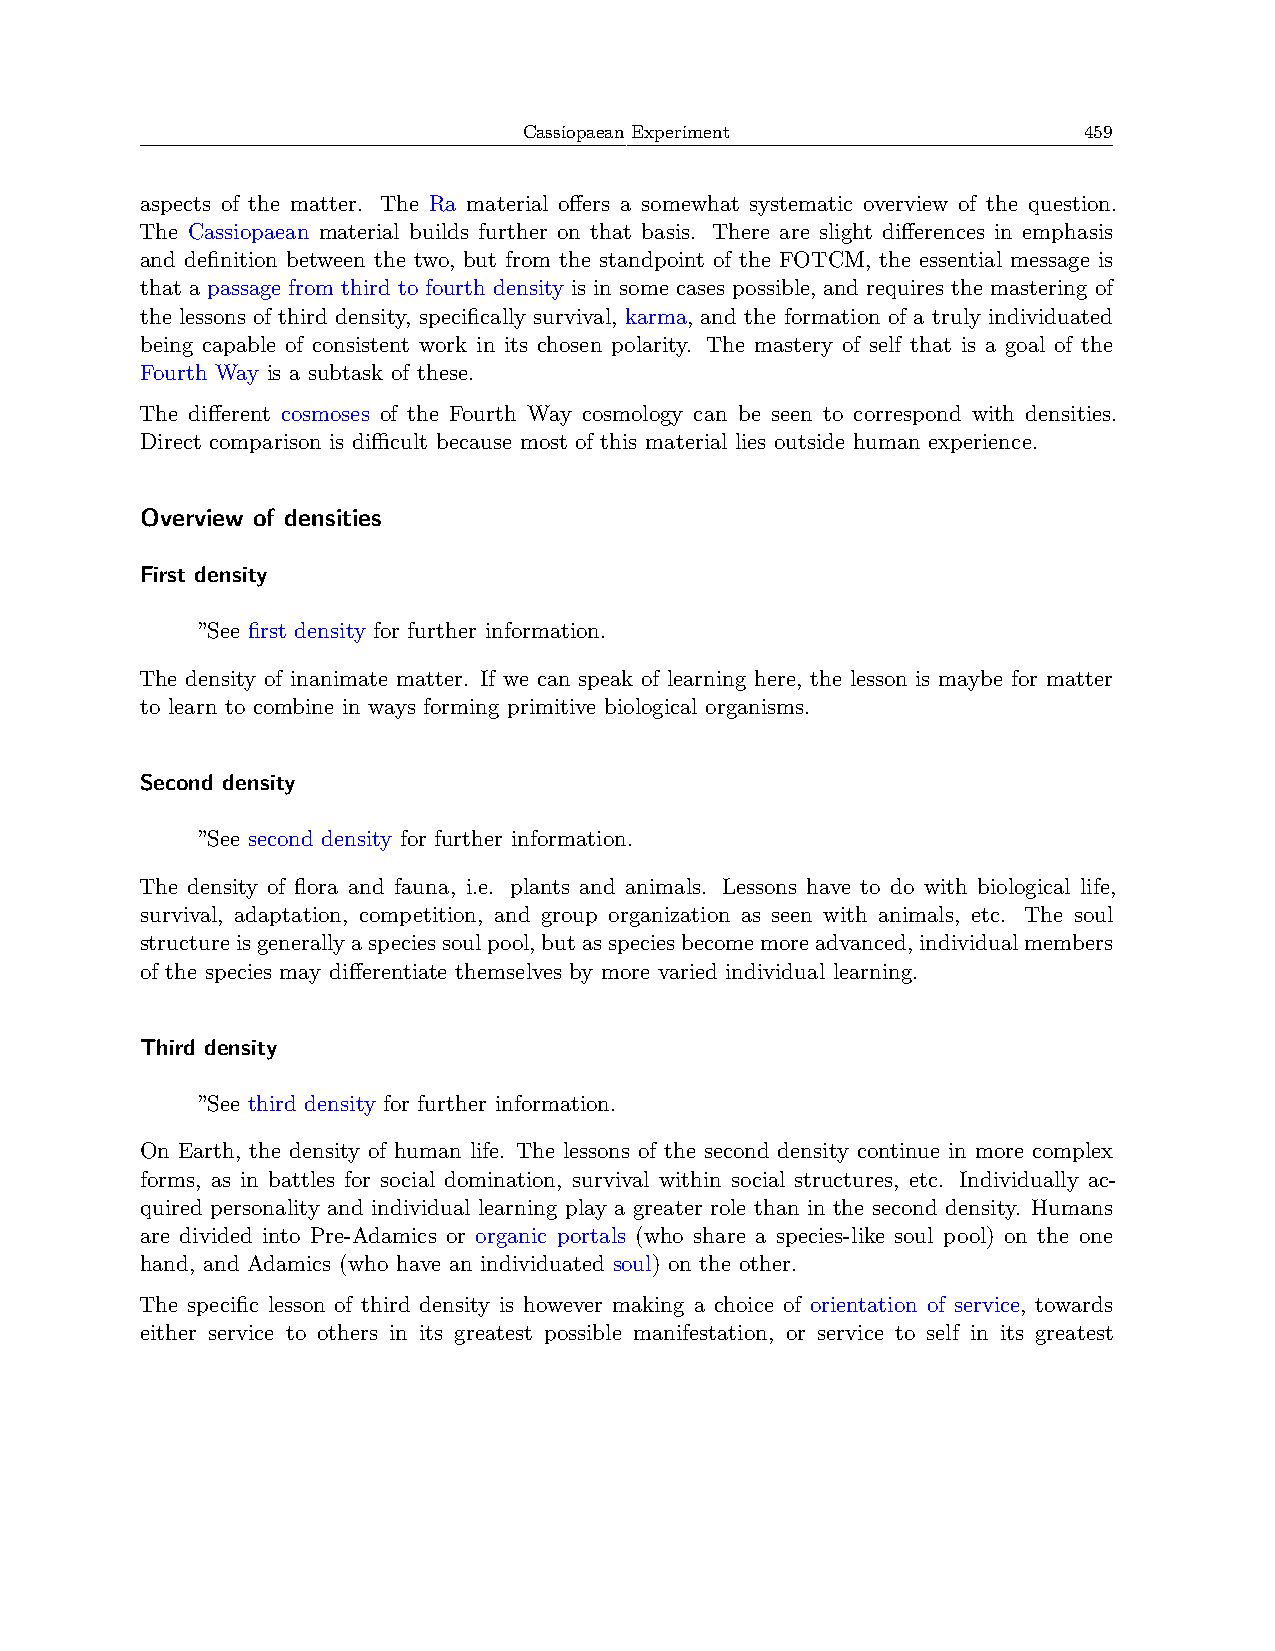
Cassiopaean Experiment               459
 aspects of the matter. The Ra material offers a somewhat systematic overview of the question.
 The Cassiopaean material builds further on that basis. There are slight differences in emphasis
 and definition between the two, but from the standpoint of the FOTCM, the essential message is
 that a passage from third to fourth density is in some cases possible, and requires the mastering of
 the lessons of third density, specifically survival, karma, and the formation of a truly individuated
 being capable of consistent work in its chosen polarity. The mastery of self that is a goal of the
 Fourth Way is a subtask of these.
 The different cosmoses of the Fourth Way cosmology can be seen to correspond with densities.
 Direct comparison is diﬀicult because most of this material lies outside human experience.
 Overview of densities
 First density
 ”See first density for further information.
 The density of inanimate matter. If we can speak of learning here, the lesson is maybe for matter
 to learn to combine in ways forming primitive biological organisms.
 Second density
 ”See second density for further information.
 The density of flora and fauna, i.e. plants and animals. Lessons have to do with biological life,
 survival, adaptation, competition, and group organization as seen with animals, etc. The soul
 structureisgenerallyaspeciessoulpool,butasspeciesbecomemoreadvanced,individualmembers
 of the species may differentiate themselves by more varied individual learning.
 Third density
 ”See third density for further information.
 On Earth, the density of human life. The lessons of the second density continue in more complex
 forms, as in battles for social domination, survival within social structures, etc. Individually ac-
 quired personality and individual learning play a greater role than in the second density. Humans
 are divided into Pre-Adamics or organic portals (who share a species-like soul pool) on the one
 hand, and Adamics (who have an individuated soul) on the other.
 The specific lesson of third density is however making a choice of orientation of service, towards
 either service to others in its greatest possible manifestation, or service to self in its greatest